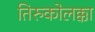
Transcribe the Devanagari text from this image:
तिरुकोलक्का